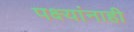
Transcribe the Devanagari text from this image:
पक्ष्यांनाही